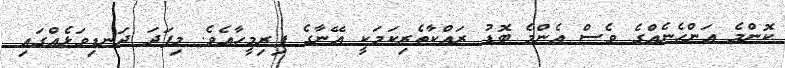
ކޮންމެ އަންހެނެއްގެ ވެސް އެންމެ ބޮޑު ރައްކާތެރިކަމަކީ އޭނާގެ ފިރިމީހާއެވެ. މިފަދަ ދަނޑިވަޅެއްގައި